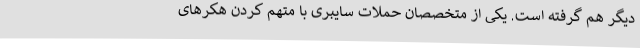
دیگر هم گرفته است. یکی از متخصصان حملات سایبری با متهم کردن هکرهای